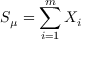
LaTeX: S _ { \mu } = \sum _ { i = 1 } ^ { m } X _ { i }